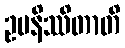
ဥပနိဿိတာတိ